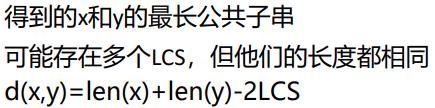
得到的x和y的最长公共子串
可能存在多个LCS，但他们的长度都相同
d(x,y)=len(x)+len(y)-2LCS